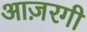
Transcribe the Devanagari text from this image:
आज़रगी